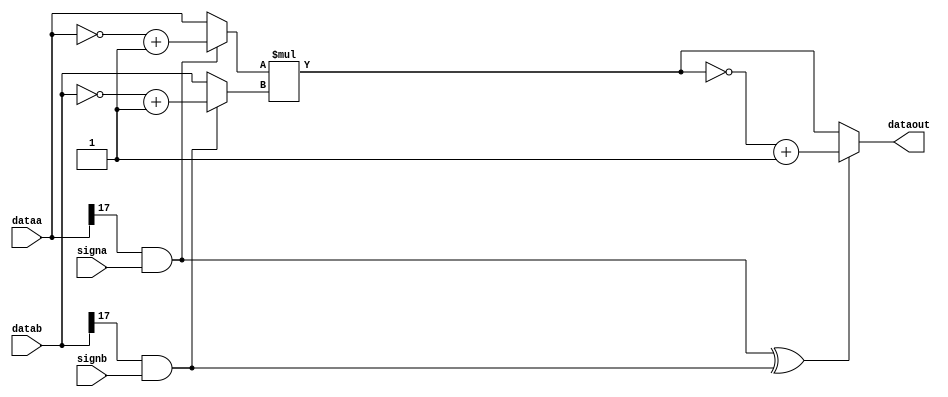
module hardcopyiii_mac_multiplier (
                             dataa,
                             datab,
                             signa,
                             signb,
                             dataout
                            );
//PARAMETER
parameter dataa_width   = 18;
parameter datab_width   = 18;
parameter dataout_width = dataa_width + datab_width;
//INPUT PORTS
input [dataa_width-1:0] dataa;
input [datab_width-1:0] datab;
input                    signa;
input                    signb;
//OUTPUT PORTS
output [dataout_width -1 :0]   dataout;
//INTERNAL SIGNALS
wire [dataout_width -1:0]       product;             //product of dataa and datab
wire [dataout_width -1:0]       abs_product;         //|product| of dataa and datab
wire [dataa_width-1:0]          abs_a;               //absolute value of dataa
wire [datab_width-1:0]          abs_b;               //absolute value of dadab
wire                            product_sign;        // product sign bit
wire                            dataa_sign;          //dataa sign bit
wire                            datab_sign;          //datab sign bit
//TIMING SPECIFICATION
specify
    (dataa *> dataout)              = (0, 0);
    (datab *> dataout)              = (0, 0);
    (signa *> dataout)              = (0, 0);
    (signb *> dataout)              = (0, 0);
endspecify
//Outputassignment
assign dataa_sign   = dataa[dataa_width-1] && signa;
assign datab_sign   = datab[datab_width-1] && signb;
assign product_sign = dataa_sign ^ datab_sign;
assign abs_a        = dataa_sign ? (~dataa + 1'b1) : dataa;
assign abs_b        = datab_sign ? (~datab + 1'b1) : datab;
assign abs_product  = abs_a * abs_b;
assign product      = product_sign ? (~abs_product + 1) : abs_product;
assign dataout = product;
endmodule